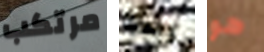
مرتكب يبدو هو